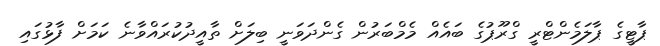
ޕާޓީގެ ޕާލަމެންޓްރީ ގްރޫޕުގެ ބައެއް މެމްބަރުން ގެންދަވަނީ ބިލަށް ތާއީދުކުރައްވާނެ ކަމަށް ފާޅުގައި